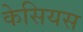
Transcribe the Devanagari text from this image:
केसियस